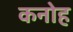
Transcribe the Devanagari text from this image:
कनोह